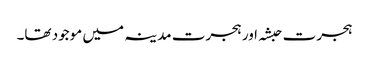
ہجرت حبشہ اور ہجرت مدینہ میں موجود تھا۔